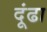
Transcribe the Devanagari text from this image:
दूंढा